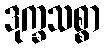
ဒုက္ခသစ္စာ